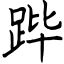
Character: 跸